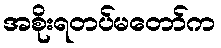
အစိုးရတပ်မတော်က